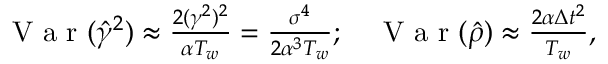
\begin{array} { r } { \mathrm { ~ V ~ a ~ r ~ } ( \hat { \gamma } ^ { 2 } ) \approx \frac { 2 ( \gamma ^ { 2 } ) ^ { 2 } } { \alpha T _ { w } } = \frac { \sigma ^ { 4 } } { 2 \alpha ^ { 3 } T _ { w } } ; \quad \mathrm { ~ V ~ a ~ r ~ } ( \hat { \rho } ) \approx \frac { 2 \alpha \Delta t ^ { 2 } } { T _ { w } } , } \end{array}